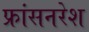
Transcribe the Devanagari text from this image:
फ्रांसनरेश